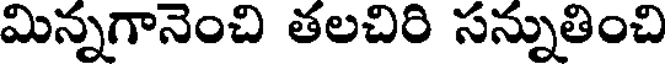
మిన్నగానెంచి తలచిరి సన్నుతించి